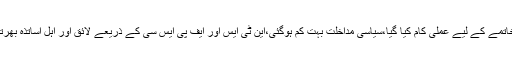
کرپشن کے خاتمے کے لیے عملی کام کیا گیا،سیاسی مداخلت بہت کم ہوگئی،این ٹی ایس اور ایف پی ایس سی کے ذریعے لائق اور اہل اساتذہ بھرتی کئے گئے۔